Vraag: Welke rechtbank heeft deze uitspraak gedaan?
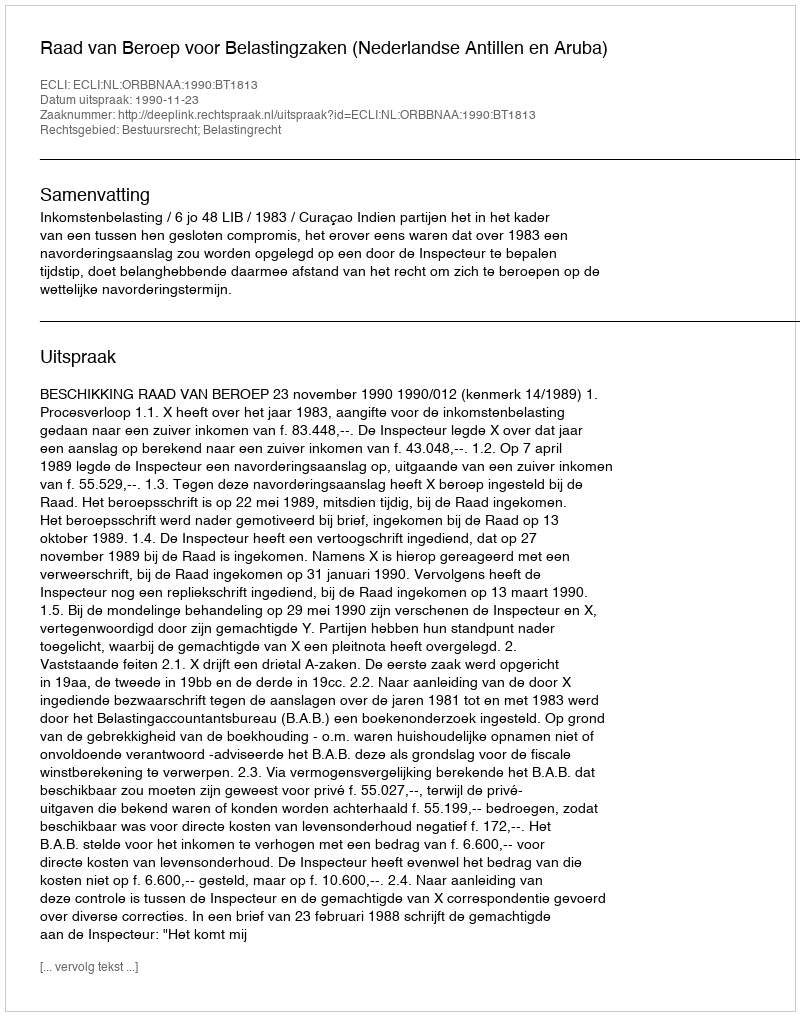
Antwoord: Raad van Beroep voor Belastingzaken (Nederlandse Antillen en Aruba)